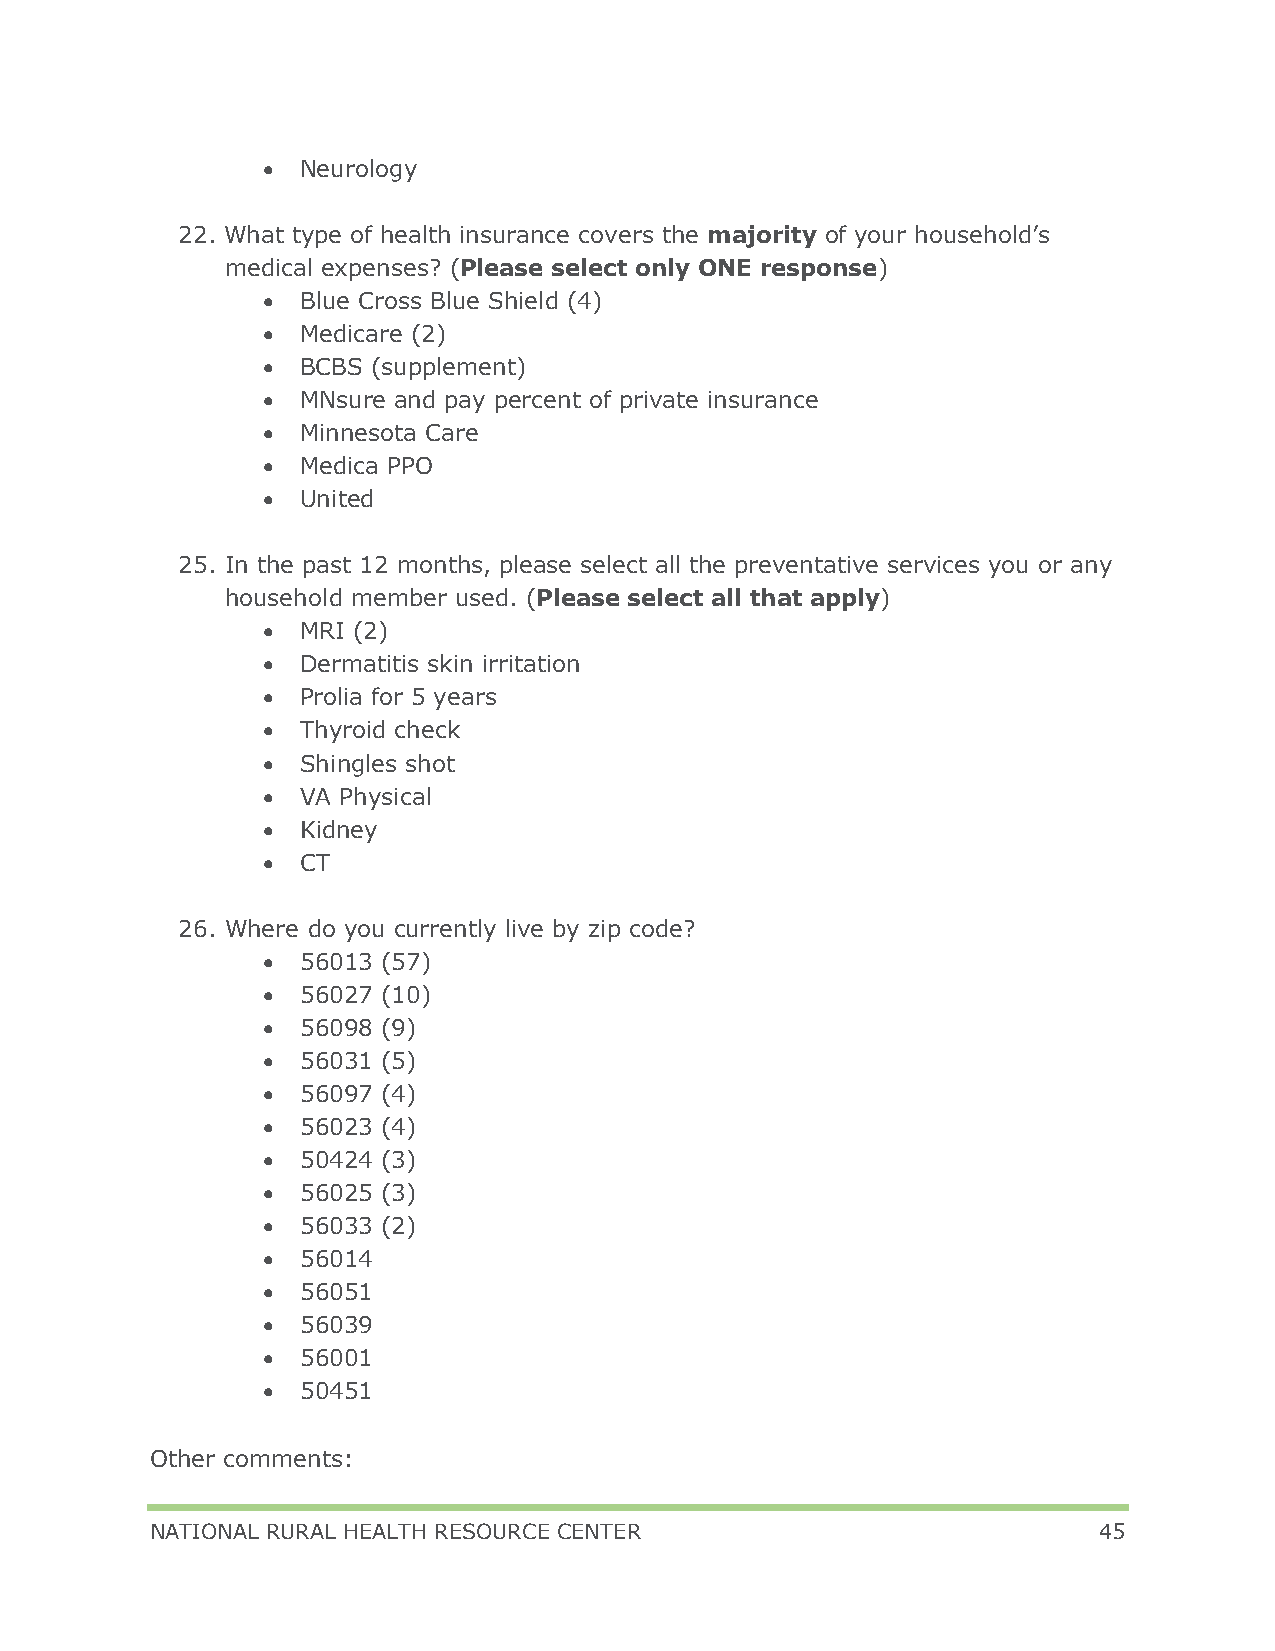
•  Neurology
 22. What type of health insurance covers the majority of your household’s
 medical expenses? (Please select only ONE response)
 •  Blue Cross Blue Shield (4)
 •  Medicare (2)
 •  BCBS (supplement)
 •  MNsure and pay percent of private insurance
 •  Minnesota Care
 •  Medica PPO
 •  United
 25. In the past 12 months, please select all the preventative services you or any
 household member used. (Please select all that apply)
 •  MRI (2)
 •  Dermatitis skin irritation
 •  Prolia for 5 years
 •  Thyroid check
 •  Shingles shot
 •  VA Physical
 •  Kidney
 •  CT
 26. Where do you currently live by zip code?
 •  56013 (57)
 •  56027 (10)
 •  56098 (9)
 •  56031 (5)
 •  56097 (4)
 •  56023 (4)
 •  50424 (3)
 •  56025 (3)
 •  56033 (2)
 •  56014
 •  56051
 •  56039
 •  56001
 •  50451
 Other comments:
 NATIONAL RURAL HEALTH RESOURCE CENTER                          45